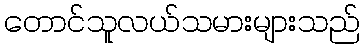
တောင်သူလယ်သမားများသည်